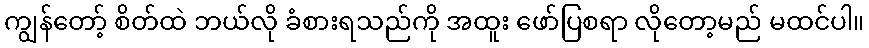
ကျွန်တော့် စိတ်ထဲ ဘယ်လို ခံစားရသည်ကို အထူး ဖော်ပြစရာ လိုတော့မည် မထင်ပါ။